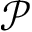
\mathcal { P }